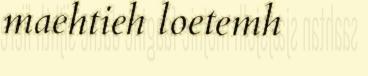
maehtieh loetemh